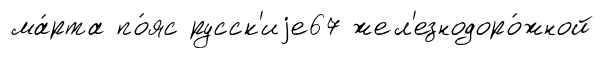
ма́рта по́яс русск'иjе67 жел'езнодоро́жной